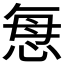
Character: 𢙽